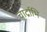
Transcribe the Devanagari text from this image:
चार्द्राभि